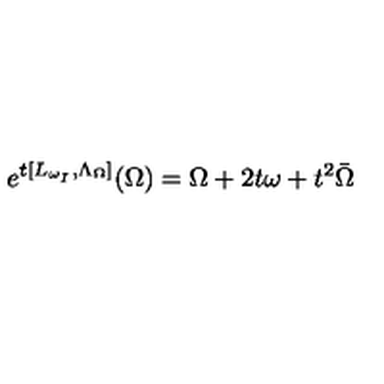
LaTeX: e ^ { t [ L _ { \omega _ { I } } , \Lambda _ { \Omega } ] } ( \Omega ) = \Omega + 2 t \omega + t ^ { 2 } \bar { \Omega }